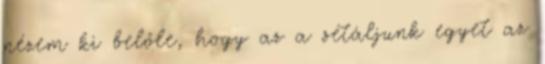
nézem ki belőle, hogy az a sétáljunk egyet az